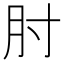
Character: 肘